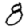
Digit: 8